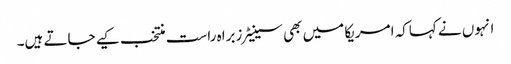
انہوں نے کہاکہ امریکا میں بھی سینیٹرزبراہ راست منتخب کیے جاتے ہیں۔